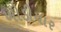
ખોડીયાર